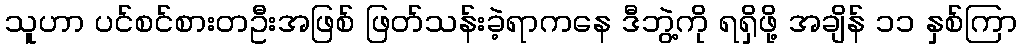
သူဟာ ပင်စင်စားတဦးအဖြစ် ဖြတ်သန်းခဲ့ရာကနေ ဒီဘွဲ့ကို ရရှိဖို့ အချိန် ၁၁ နှစ်ကြာ